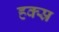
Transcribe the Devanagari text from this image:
हक्स्र